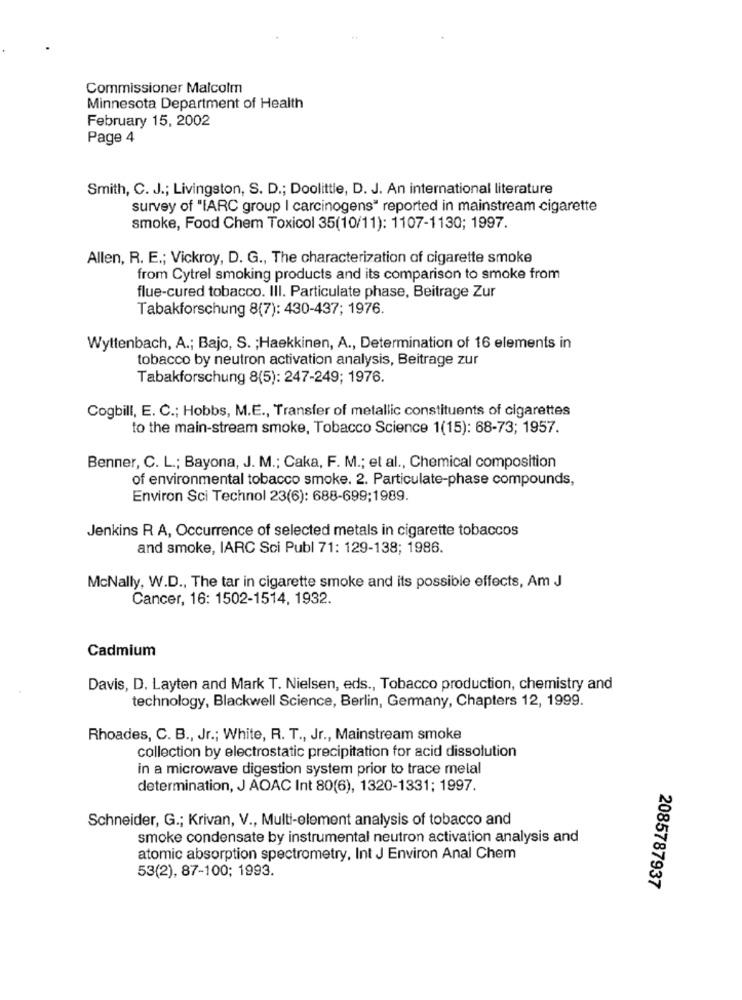
Commissioner Malcolm
Minnesota Department of Health
February 15, 2002
Page 4
Smith, C. J .; Livingston, S. D .; Doolittle, D. J. An international literature
survey of "IARC group | carcinogens" reported in mainstream cigarette
smoke, Food Chem Toxicol 35(10/11): 1107-1130; 1997.
Allen, R. E .; Vickroy, D. G ., The characterization of cigarette smoke
from Cytrel smoking products and its comparison to smoke from
flue-cured tobacco. Ill. Particulate phase, Beitrage Zur
Tabakforschung 8(7): 430-437; 1976.
Wyttenbach, A .; Bajo, S. ; Haekkinen, A ., Determination of 16 elements in
tobacco by neutron activation analysis, Beitrage zur
Tabakforschung 8(5): 247-249; 1976.
Cogbill, E. C .; Hobbs, M.E ., Transfer of metallic constituents of cigarettes
to the main-stream smoke, Tobacco Science 1(15): 68-73; 1957.
Benner, C. L .; Bayona, J. M .; Caka, F. M .; et al ., Chemical composition
of environmental tobacco smoke. 2. Particulate-phase compounds,
Environ Sci Technol 23(6): 688-699;1989.
Jenkins R A, Occurrence of selected metals in cigarette tobaccos
and smoke, IARC Sci Publ 71: 129-138; 1986.
McNally, W.D ., The tar in cigarette smoke and its possible effects, Am J
Cancer, 16: 1502-1514, 1932.
Cadmium
Davis, D. Layten and Mark T. Nielsen, eds ., Tobacco production, chemistry and
technology, Blackwell Science, Berlin, Germany, Chapters 12, 1999.
Rhoades, C. B ., Jr .; White, R. T ., Jr ., Mainstream smoke
collection by electrostatic precipitation for acid dissolution
in a microwave digestion system prior to trace metal
determination, J AOAC Int 80(6), 1320-1331; 1997.
Schneider, G .; Krivan, V ., Multi-element analysis of tobacco and
smoke condensate by instrumental neutron activation analysis and
atomic absorption spectrometry. Int J Environ Anal Chem
53(2), 87-100; 1993.
2085787937